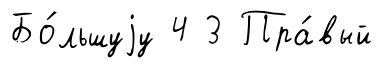
Бо́льшуjу 4 3 Пра́вый